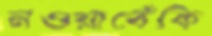
নওয়াবেঁকি